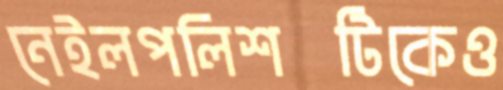
নেইলপলিশটিকেও